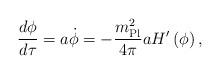
\begin{align*}{d \phi \over d \tau} = a \dot\phi = - {m_{\rm Pl}^2 \over 4 \pi} a H'\left(\phi\right),\end{align*}